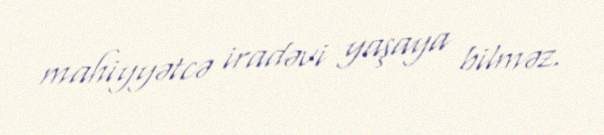
mahiyyətcə iradəvi yaşaya bilməz.